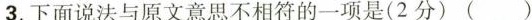
3.下面说法与原文意思不相符的一项是(2分)()